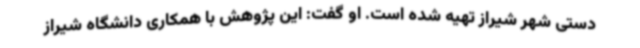
دستی شهر شیراز تهیه شده است. او گفت: این پژوهش با همکاری دانشگاه شیراز